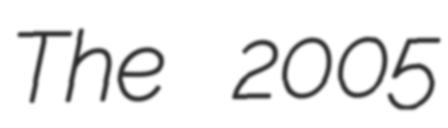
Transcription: The 2005